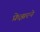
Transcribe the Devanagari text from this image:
फ्रेझरने